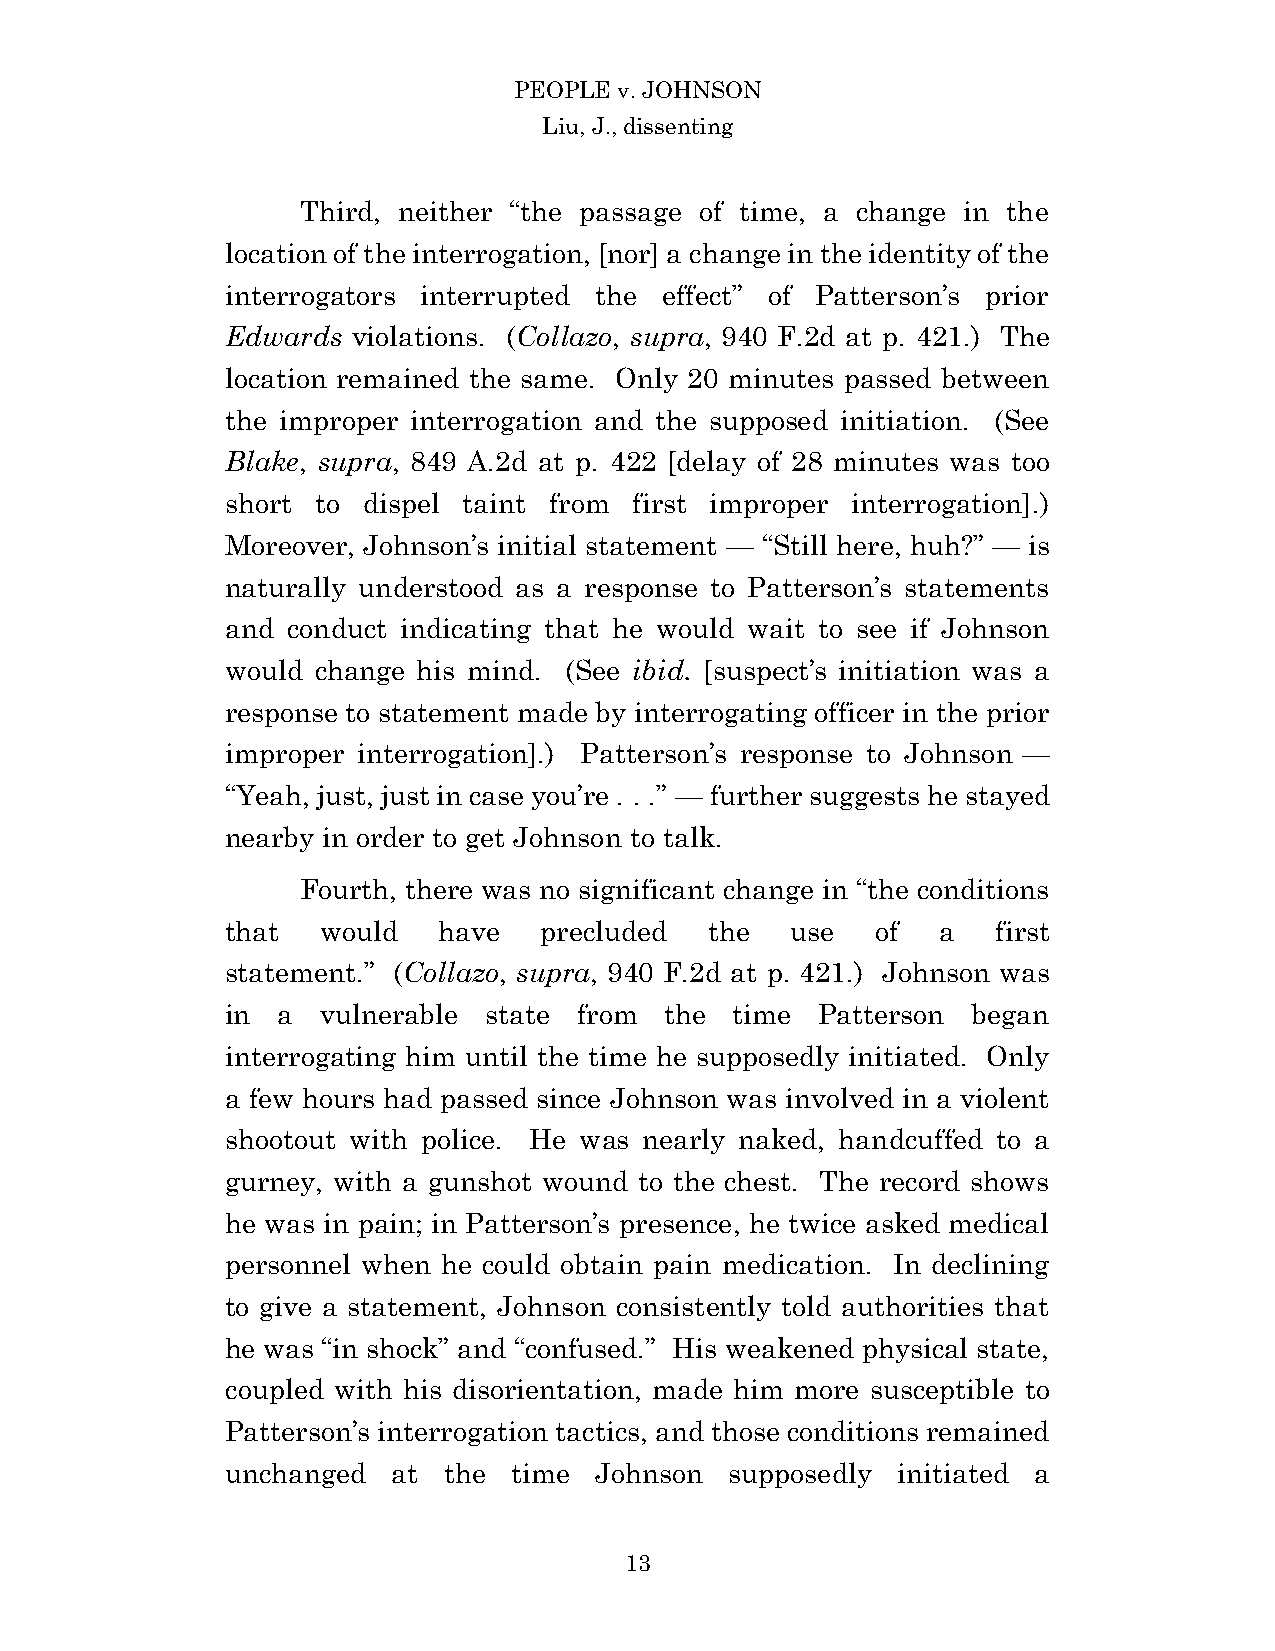
PEOPLE v. JOHNSON
 Liu, J., dissenting
 Third, neither “the passage of time, a change in the
 location of the interrogation, [nor] a change in the identity of the
 interrogators interrupted the effect” of Patterson’s prior
 Edwards violations. (Collazo, supra, 940 F.2d at p. 421.) The
 location remained the same. Only 20 minutes passed between
 the improper interrogation and the supposed initiation. (See
 Blake, supra, 849 A.2d at p. 422 [delay of 28 minutes was too
 short to dispel taint from first improper interrogation].)
 Moreover, Johnson’s initial statement — “Still here, huh?” — is
 naturally understood as a response to Patterson’s statements
 and conduct indicating that he would wait to see if Johnson
 would change his mind. (See ibid. [suspect’s initiation was a
 response to statement made by interrogating officer in the prior
 improper interrogation].) Patterson’s response to Johnson —
 “Yeah, just, just in case you’re . . .” — further suggests he stayed
 nearby in order to get Johnson to talk.
 Fourth, there was no significant change in “the conditions
 that  would   have   precluded  the  use   of  a   first
 statement.” (Collazo, supra, 940 F.2d at p. 421.) Johnson was
 in a  vulnerable state from  the  time Patterson began
 interrogating him until the time he supposedly initiated. Only
 a few hours had passed since Johnson was involved in a violent
 shootout with police. He was nearly naked, handcuffed to a
 gurney, with a gunshot wound to the chest. The record shows
 he was in pain; in Patterson’s presence, he twice asked medical
 personnel when he could obtain pain medication. In declining
 to give a statement, Johnson consistently told authorities that
 he was “in shock” and “confused.” His weakened physical state,
 coupled with his disorientation, made him more susceptible to
 Patterson’s interrogation tactics, and those conditions remained
 unchanged  at the  time Johnson  supposedly initiated a
 1 3